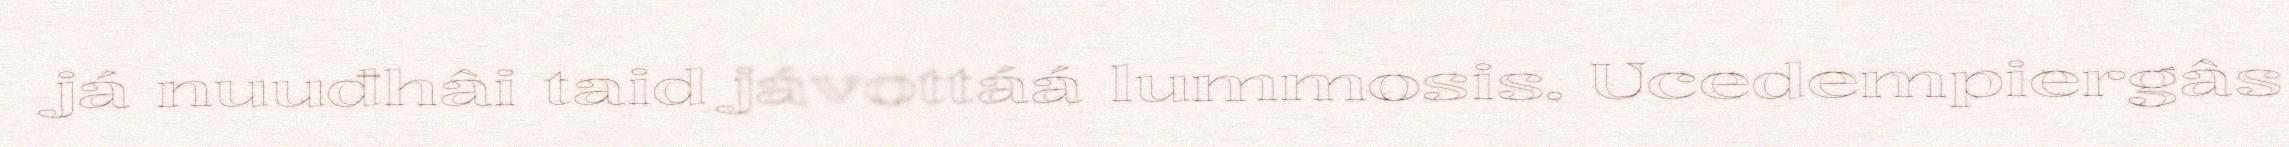
já nuuđhâi taid jávottáá lummosis. Ucedempiergâs